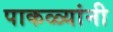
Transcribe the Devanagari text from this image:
पाकळ्यांनी